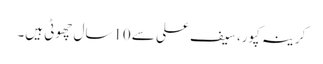
کرینہ کپور، سیف علی سے 10سال چھوٹی ہیں۔